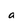
Character: a